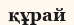
құрай